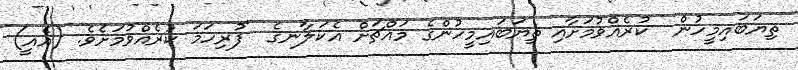
ތިޔަބައިމީހުން  ކުރެއްވުމަށާއި ތިޔަބައިމީހުންގެ މައްޗަށް އެކަލާނގެ  ފުރިހަމަ ކުރެއްވުމަށެވެ. (އެއީ)